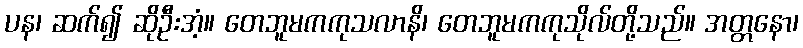
ပန၊ ဆက်၍ ဆိုဦးအံ့။ တေဘူမကကုသလာနိ၊ တေဘူမကကုသိုလ်တို့သည်။ အတ္တနော၊